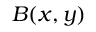
B ( x , y )